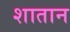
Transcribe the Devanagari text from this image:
शातान